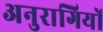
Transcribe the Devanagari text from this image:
अनुरागियों